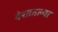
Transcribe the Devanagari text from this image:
देशातल्‍या